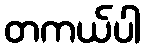
တကယ်ပါ